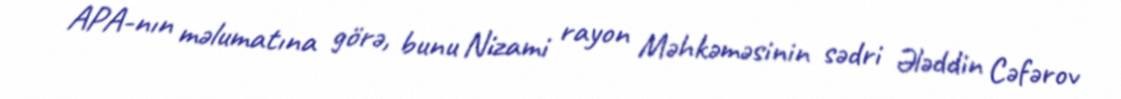
APA-nın məlumatına görə, bunu Nizami rayon Məhkəməsinin sədri Ələddin Cəfərov